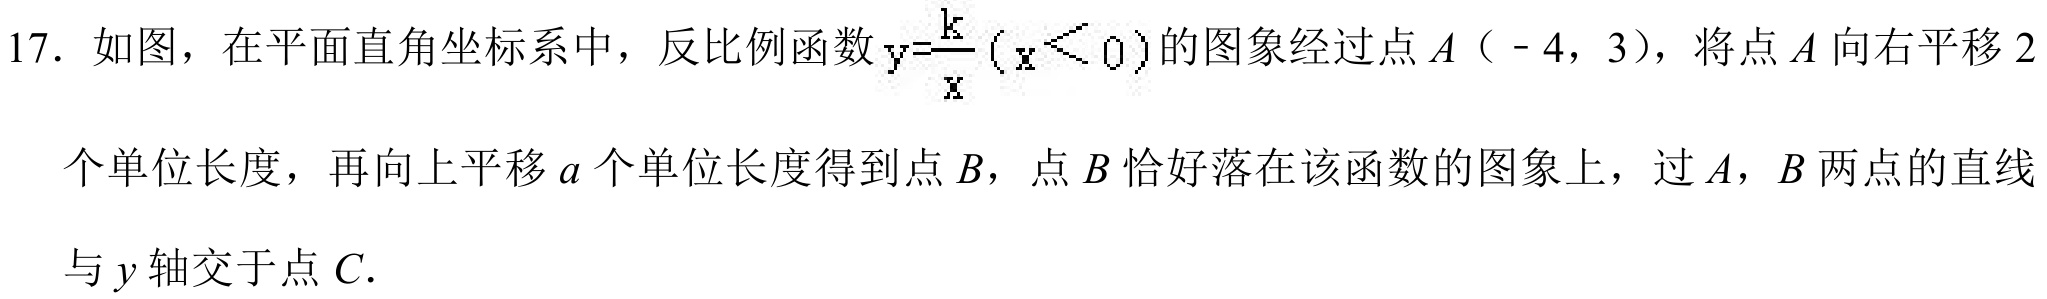
17. 如图，在平面直角坐标系中，反比例函数\(y = \frac{k}{x}(x < 0)\)的图象经过点\(A(-4,3)\)，将点\(A\)向右平移\(2\)
个单位长度，再向上平移\(a\)个单位长度得到点\(B\)，点\(B\)恰好落在该函数的图象上，过\(A\)，\(B\)两点的直线
与\(y\)轴交于点\(C\).